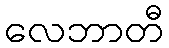
လေဘာတီ